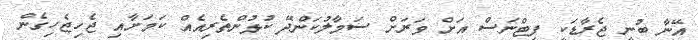
އޭނާ ބުނީ ޖެރާޑަކީ ފިޓްނަސް އަށް ވަރަށް ސަމާލުކަންދޭ ކުޅުންތެރިއެއް ކަމަށާއި ޖެހިޖެހިގެން